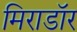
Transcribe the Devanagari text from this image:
मिराडॉर